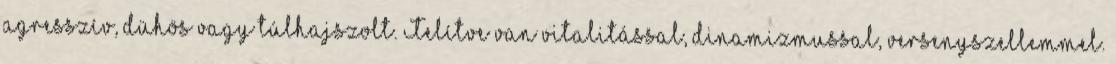
agresszív, dühös vagy túlhajszolt. Telítve van vitalitással, dinamizmussal, versenyszellemmel.